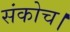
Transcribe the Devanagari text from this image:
संकोच।